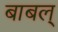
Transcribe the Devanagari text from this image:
बाबल्